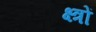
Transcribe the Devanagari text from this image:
क्ष्त्रों